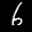
Label: 6